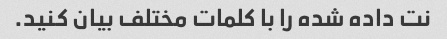
نت داده شده را با کلمات مختلف بیان کنید.